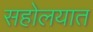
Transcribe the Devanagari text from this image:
सहोलयात